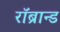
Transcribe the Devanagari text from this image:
रॉब्रान्ड